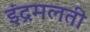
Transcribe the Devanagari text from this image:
इंद्रमलती